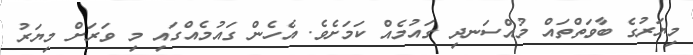
މިޔަރުގެ ބާވަތްތައް މުއްސަނދި ގައުމެއް ކަމަށެވެ. އެހެން ގައުމެއްގައި މި ވަރަށް މިޔަރު